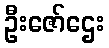
ဦးဇော်ဌေး